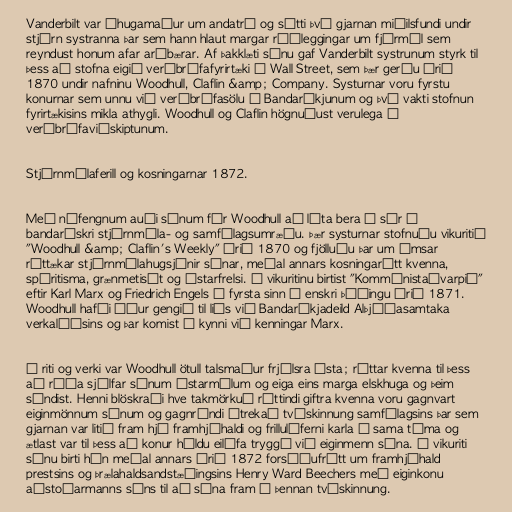
Vanderbilt var áhugamaður um andatrú og sótti því gjarnan miðilsfundi undir
stjórn systranna þar sem hann hlaut margar ráðleggingar um fjármál sem
reyndust honum afar arðbærar. Af þakklæti sínu gaf Vanderbilt systrunum styrk til
þess að stofna eigið verðbréfafyrirtæki á Wall Street, sem þær gerðu árið
1870 undir nafninu Woodhull, Claflin &amp; Company. Systurnar voru fyrstu
konurnar sem unnu við verðbréfasölu í Bandaríkjunum og því vakti stofnun
fyrirtækisins mikla athygli. Woodhull og Claflin högnuðust verulega á
verðbréfaviðskiptunum.

Stjórnmálaferill og kosningarnar 1872.

Með nýfengnum auði sínum fór Woodhull að láta bera á sér í
bandarískri stjórnmála- og samfélagsumræðu. Þær systurnar stofnuðu vikuritið
"Woodhull &amp; Claflin's Weekly" árið 1870 og fjölluðu þar um ýmsar
róttækar stjórnmálahugsjónir sínar, meðal annars kosningarétt kvenna,
spíritisma, grænmetisát og ástarfrelsi. Í vikuritinu birtist "Kommúnistaávarpið"
eftir Karl Marx og Friedrich Engels í fyrsta sinn í enskri þýðingu árið 1871.
Woodhull hafði áður gengið til liðs við Bandaríkjadeild Alþjóðasamtaka
verkalýðsins og þar komist í kynni við kenningar Marx.

Í riti og verki var Woodhull ötull talsmaður frjálsra ásta; réttar kvenna til þess
að ráða sjálfar sínum ástarmálum og eiga eins marga elskhuga og þeim
sýndist. Henni blöskraði hve takmörkuð réttindi giftra kvenna voru gagnvart
eiginmönnum sínum og gagnrýndi ítrekað tvískinnung samfélagsins þar sem
gjarnan var litið fram hjá framhjáhaldi og frillulíferni karla á sama tíma og
ætlast var til þess að konur héldu eilífa tryggð við eiginmenn sína. Í vikuriti
sínu birti hún meðal annars árið 1872 forsíðufrétt um framhjáhald
prestsins og þrælahaldsandstæðingsins Henry Ward Beechers með eiginkonu
aðstoðarmanns síns til að sýna fram á þennan tvískinnung.